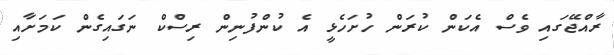
ރާއްޖޭގައި ވެސް އެކަން ކުރަން ހުށަހެޅީ އެ ކުންފުނިން ރިސްކް ނަގައިގެން ކަމަށާއި